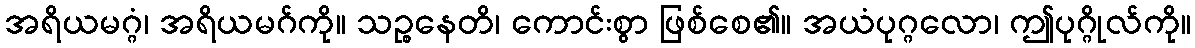
အရိယမဂ္ဂံ၊ အရိယမဂ်ကို။ သဉ္စနေတိ၊ ကောင်းစွာ ဖြစ်စေ၏။ အယံပုဂ္ဂလော၊ ဤပုဂ္ဂိုလ်ကို။